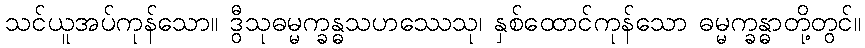
သင်ယူအပ်ကုန်သော။ ဒွီသုဓမ္မက္ခန္ဓသဟဿေသု၊ နှစ်ထောင်ကုန်သော ဓမ္မက္ခန္ဓာတို့တွင်။